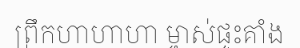
ព្រឹកហាហាហា ម្ចាស់ផ្ទះគាំង